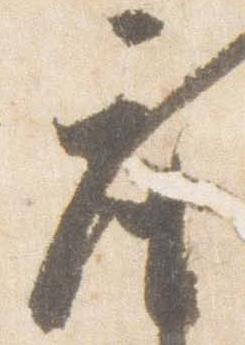
座